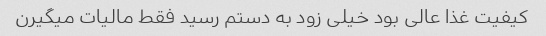
کیفیت غذا عالی بود خیلی زود به دستم رسید فقط مالیات میگیرن